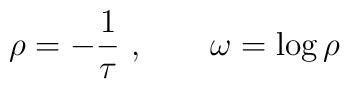
\rho= -{1\over \tau}\ , \qquad \omega = \log \rho